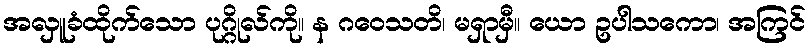
အလှူခံထိုက်သော ပုဂ္ဂိုလ်ကို။ န ဂဝေသတိ၊ မရှာမှီ။ ယော ဥပါသကော၊ အကြင်